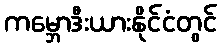
ကမ္ဘောဒီးယားနိုင်ငံတွင်